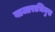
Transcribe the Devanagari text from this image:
बाजाराभिमुख